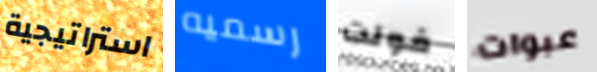
استراتيجية رسميه فولت عبوات